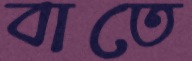
বাতে